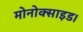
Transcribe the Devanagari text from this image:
मोनोक्साइड।